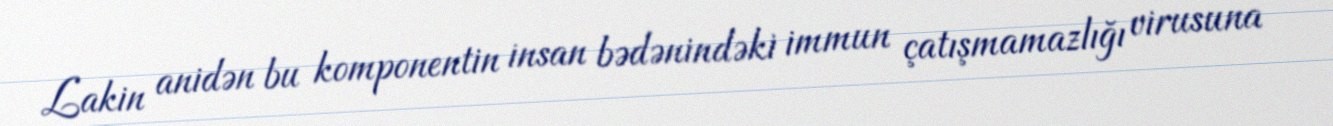
Lakin anidən bu komponentin insan bədənindəki immun çatışmamazlığı virusuna